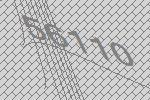
56110